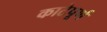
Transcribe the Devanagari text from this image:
काटेपूर्ण